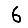
Digit: 6